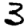
Digit: 3